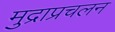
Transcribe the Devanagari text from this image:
मुद्राप्रचलन